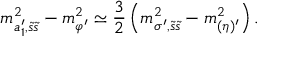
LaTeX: m _ { a _ { 1 } ^ { \prime } , \tilde { s } \tilde { s } } ^ { 2 } - m _ { \varphi ^ { \prime } } ^ { 2 } \simeq \frac 3 2 \left( m _ { \sigma ^ { \prime } , \tilde { s } \tilde { s } } ^ { 2 } - m _ { ( \eta ) ^ { \prime } } ^ { 2 } \right) .